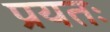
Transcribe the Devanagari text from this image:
प्रयतः